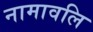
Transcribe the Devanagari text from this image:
नामावलि